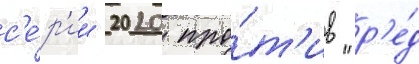
с'е́р'ии 2020 про́т'ив "р'е́д